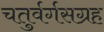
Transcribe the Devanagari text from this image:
चतुर्वर्गसग्रह